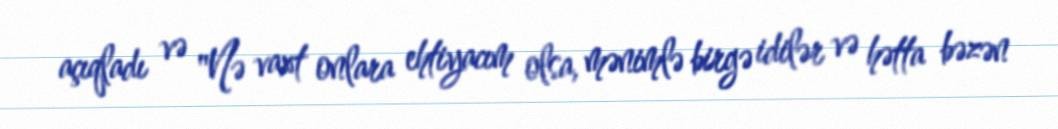
açıqladı və "Nə vaxt onlara ehtiyacım olsa, mənimlə birgə idilər və hətta bəzən